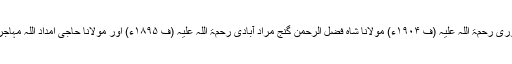
مڈل پاس کرنے کے بعد مولانا احمد حسن کانپوری رحمۃ اللہ علیہ (ف ۱۹۰۴ء) مولانا شاہ فضل الرحمٰن گنج مراد آبادی رحمۃ اللہ علیہ (ف ۱۸۹۵ء) اور مولانا حاجی امداد اللہ مہاجر مکی (ف ۱۸۹۹ء) سے علوم دین حاصل کیے۔